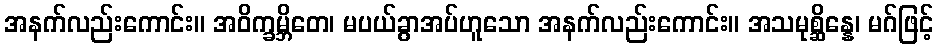
အနက်လည်းကောင်း။ အဝိက္ခမ္ဘိတေ၊ မပယ်ခွာအပ်ဟူသော အနက်လည်းကောင်း။ အသမုစ္ဆိန္နေ၊ မဂ်ဖြင့်